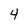
Character: 4